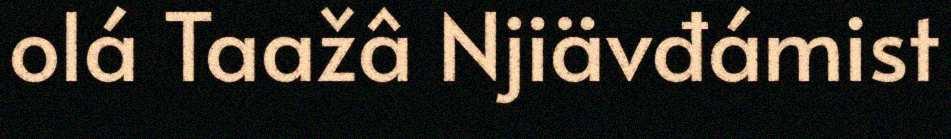
olá Taažâ Njiävđámist